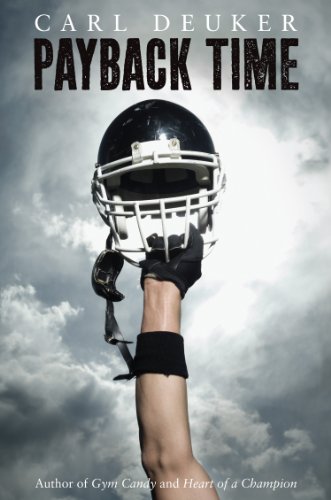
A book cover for Payback Time; Carl Deuker; Teen & Young Adult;